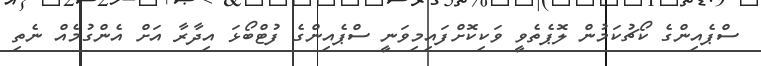
ސްޕެއިންގެ ކޯޗުކަމުން ލޮޕެތެވީ ވަކިކޮށްފައިމިވަނީ ސްޕެއިންގެ ފުޓްބޯޅަ އިދާރާ އަށް އެންގުމެއް ނެތި